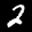
Label: 2